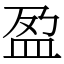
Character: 盈